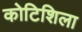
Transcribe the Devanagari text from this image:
कोटिशिला